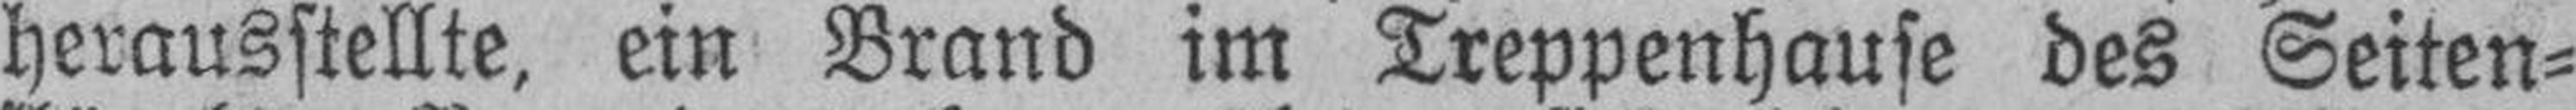
herausstellte, ein Brand im Treppenhause des Seiten¬